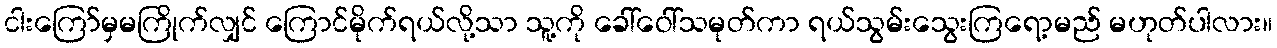
ငါးကြော်မှမကြိုက်လျှင် ကြောင်မိုက်ရယ်လို့သာ သူ့ကို ခေါ်ဝေါ်သမုတ်ကာ ရယ်သွမ်းသွေးကြရော့မည် မဟုတ်ပါလား။